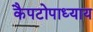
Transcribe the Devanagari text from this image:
कैपटोपाध्याय